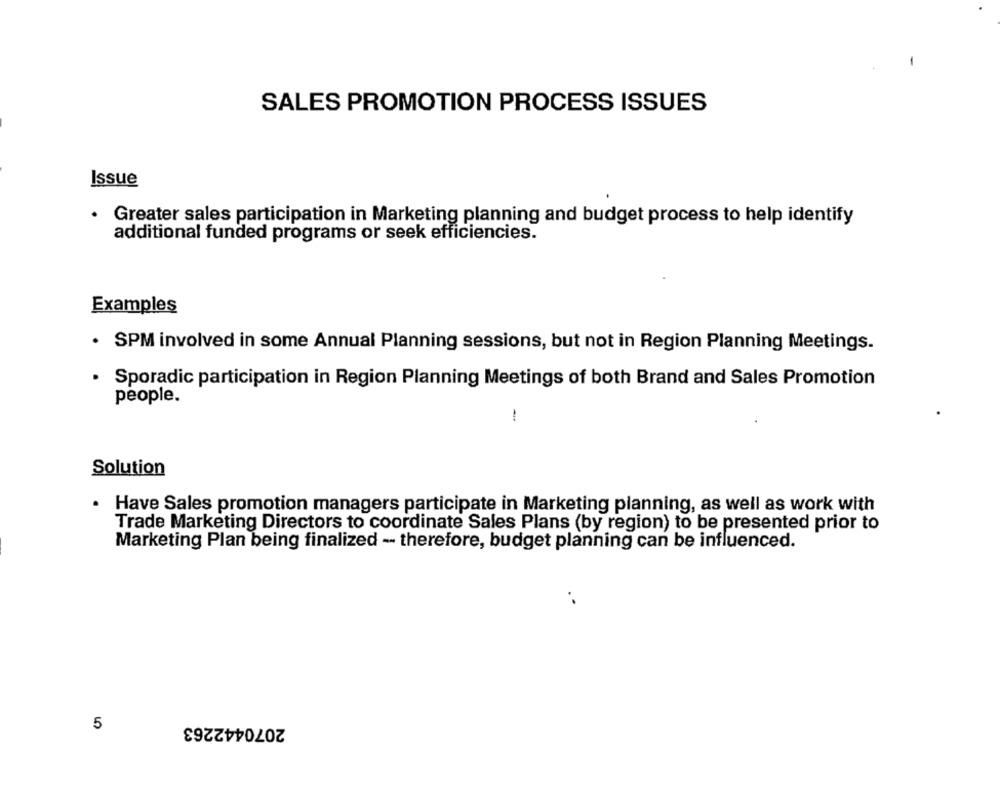
SALES PROMOTION PROCESS ISSUES
Issue
.
Greater sales participation in Marketing planning and budget process to help identify
additional funded programs or seek efficiencies.
Examples
· SPM involved in some Annual Planning sessions, but not in Region Planning Meetings.
Sporadic participation in Region Planning Meetings of both Brand and Sales Promotion
people.
-
Solution
· Have Sales promotion managers participate in Marketing planning, as well as work with
Trade Marketing Directors to coordinate Sales Plans (by region) to be presented prior to
Marketing Plan being finalized -- therefore, budget planning can be influenced.
2070442263
5